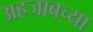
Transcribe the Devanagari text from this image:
अहजाबच्या